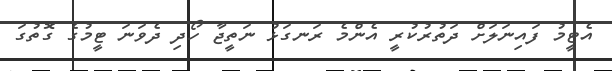
އެޓީމު ފައިނަލަށް ދަތުރުކުރީ އެންމެ ރަނގަޅު ނަތީޖާ ހޯދި ދެވަނަ ޓީމުގެ ގޮތުގަ